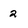
Character: 2